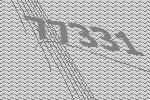
77331